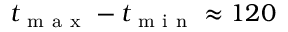
t _ { \mathrm { ~ m ~ a ~ x ~ } } - t _ { \mathrm { ~ m ~ i ~ n ~ } } \approx 1 2 0